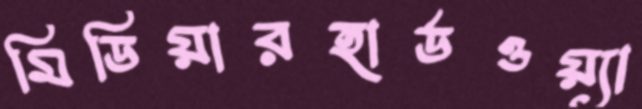
মিডিয়ারহার্ডওয়্যা